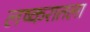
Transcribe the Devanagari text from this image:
लष्करातला